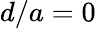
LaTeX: d/a=0